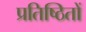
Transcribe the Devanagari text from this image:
प्रतिष्ठितों